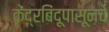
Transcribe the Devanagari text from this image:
केंद्रबिंदूपासूनचे